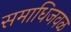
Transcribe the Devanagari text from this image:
समाधिजवळ